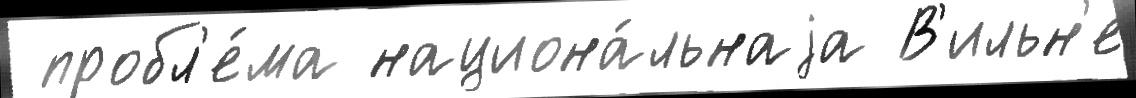
 пробл'е́ма национа́льнаjа В'ильн'е